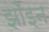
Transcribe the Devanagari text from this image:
झाँइन